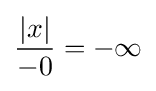
{\frac {\left|x\right|}{-0}}=-\infty \,\!